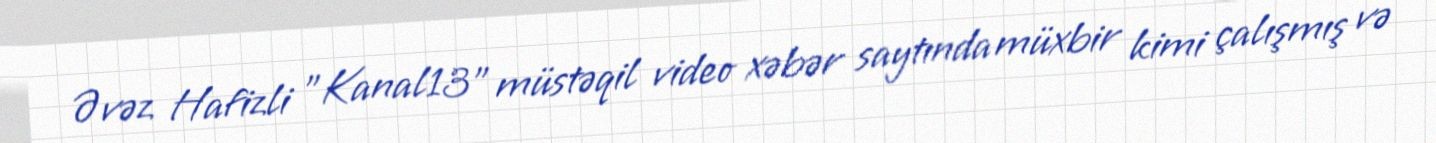
Əvəz Hafizli "Kanal13" müstəqil video xəbər saytında müxbir kimi çalışmış və